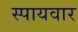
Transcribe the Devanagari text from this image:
स्पायवार